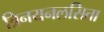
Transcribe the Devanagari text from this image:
त्रिनयनलसिता